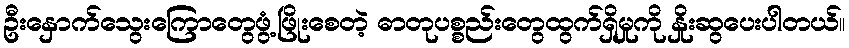
ဦးနှောက်သွေးကြောတွေဖွံ့ဖြိုးစေတဲ့ ဓာတုပစ္စည်းတွေထွက်ရှိမှုကို နှိုးဆွပေးပါတယ်။